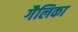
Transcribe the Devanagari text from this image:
गैलिका